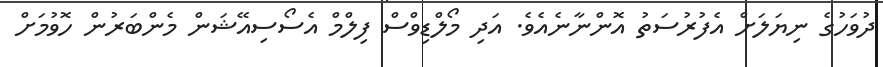
ދުވަހުގެ ނިޔަލަށް އެފުރުސަތު އޮންނާނެއެވެ. އަދި މޯލްޑިވްސް ފިލްމް އެސޯސިއޭޝަން މެންބަރުން ހޮވުމަށް